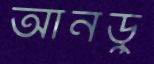
আনডু